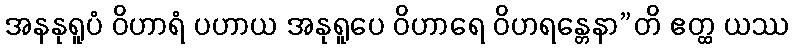
အနနုရူပံ ဝိဟာရံ ပဟာယ အနုရူပေ ဝိဟာရေ ဝိဟရန္တေနာ”တိ ဧတ္ထ ယဿ